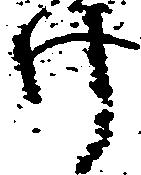
け